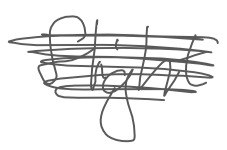
Text: flight
Cross-out: scratch
Writing tool: digital_gray